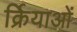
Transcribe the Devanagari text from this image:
र्क्रियाओं